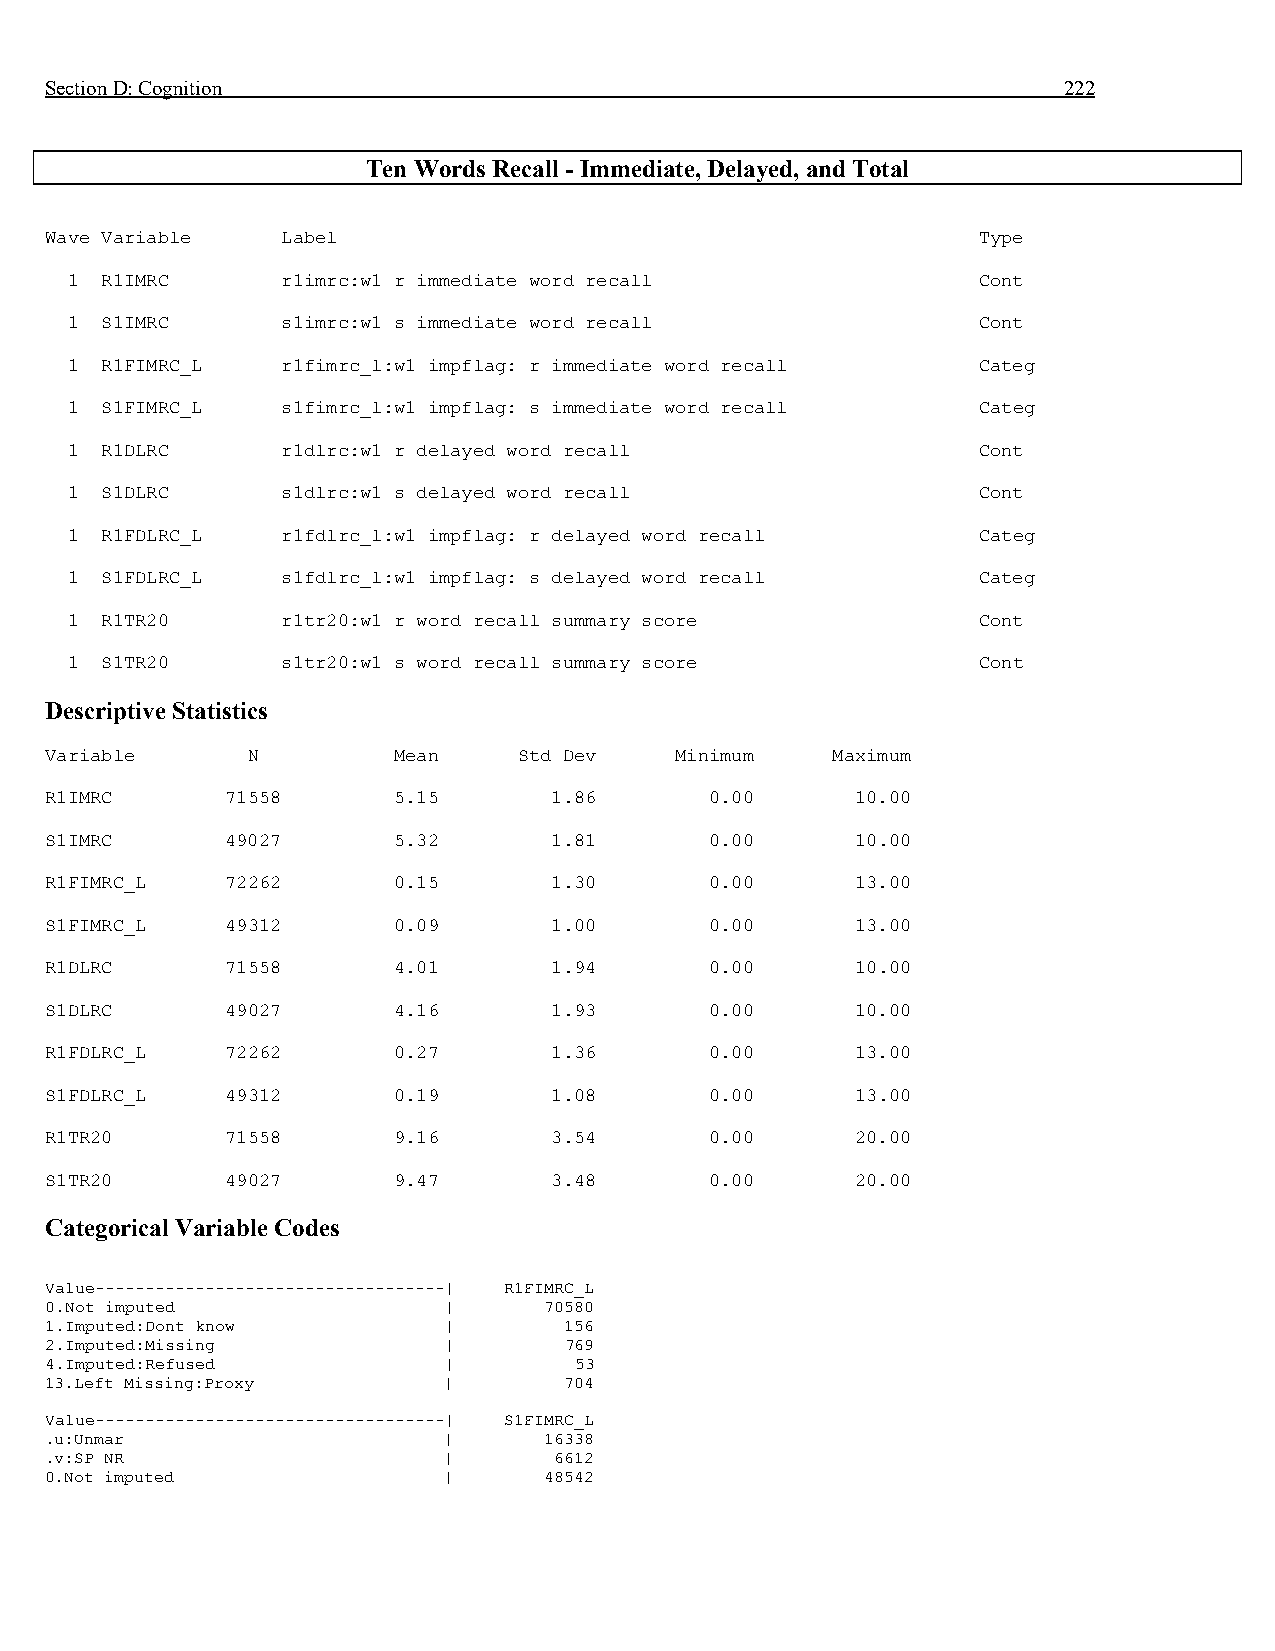
Section D: Cognition                                               222
 Ten Words Recall - Immediate, Delayed, and Total
 Wave Variable   Label                                         Type
 1  R1IMRC      r1imrc:w1 r immediate word recall             Cont
 1  S1IMRC      s1imrc:w1 s immediate word recall             Cont
 1  R1FIMRC_L   r1fimrc_l:w1 impflag: r immediate word recall Categ
 1  S1FIMRC_L   s1fimrc_l:w1 impflag: s immediate word recall Categ
 1  R1DLRC      r1dlrc:w1 r delayed word recall               Cont
 1  S1DLRC      s1dlrc:w1 s delayed word recall               Cont
 1  R1FDLRC_L   r1fdlrc_l:w1 impflag: r delayed word recall   Categ
 1  S1FDLRC_L   s1fdlrc_l:w1 impflag: s delayed word recall   Categ
 1  R1TR20      r1tr20:w1 r word recall summary score         Cont
 1  S1TR20      s1tr20:w1 s word recall summary score         Cont
 Descriptive Statistics
 Variable     N         Mean    Std Dev    Minimum   Maximum
 R1IMRC      71558      5.15      1.86       0.00      10.00
 S1IMRC      49027      5.32      1.81       0.00      10.00
 R1FIMRC_L   72262      0.15      1.30       0.00      13.00
 S1FIMRC_L   49312      0.09      1.00       0.00      13.00
 R1DLRC      71558      4.01      1.94       0.00      10.00
 S1DLRC      49027      4.16      1.93       0.00      10.00
 R1FDLRC_L   72262      0.27      1.36       0.00      13.00
 S1FDLRC_L   49312      0.19      1.08       0.00      13.00
 R1TR20      71558      9.16      3.54       0.00      20.00
 S1TR20      49027      9.47      3.48       0.00      20.00
 Categorical Variable Codes
 Value-----------------------------------| R1FIMRC_L
 0.Not imputed             |      70580
 1.Imputed:Dont know       |       156
 2.Imputed:Missing         |       769
 4.Imputed:Refused         |        53
 13.Left Missing:Proxy     |       704
 Value-----------------------------------| S1FIMRC_L
 .u:Unmar                  |      16338
 .v:SP NR                  |       6612
 0.Not imputed             |      48542